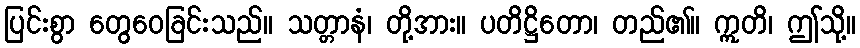
ပြင်းစွာ တွေဝေခြင်းသည်။ သတ္တာနံ၊ တို့အား။ ပတိဋ္ဌိတော၊ တည်၏။ ဣတိ၊ ဤသို့။